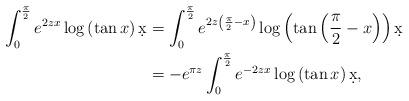
LaTeX: \begin{align*} \int_0^{\frac{\pi}{2}} e^{2zx} \log\left( \tan x \right) \d x &= \int_0^{\frac{\pi}{2}} e^{2z\left(\frac{\pi}{2} - x \right)} \log\left( \tan\left( \frac{\pi}{2} - x\right) \right) \d x \\ &= - e^{\pi z} \int_0^{\frac{\pi}{2}} e^{-2zx} \log\left( \tan x \right) \d x, \end{align*}